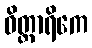
ဝိတ္ထာရိကေ